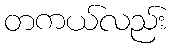
တကယ်လည်း